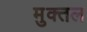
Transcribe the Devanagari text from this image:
मुक्तल